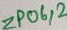
Text: ZP06,2